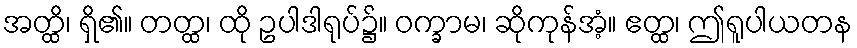
အတ္ထိ၊ ရှိ၏။ တတ္ထ၊ ထို ဥပါဒါရုပ်၌။ ဝက္ခာမ၊ ဆိုကုန်အံ့။ ဧတ္ထ၊ ဤရူပါယတန